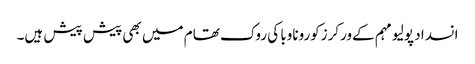
انسداد پولیو مہم کےورکرزکوروناوبا کی روک تھام میں بھی پیش پیش ہیں۔